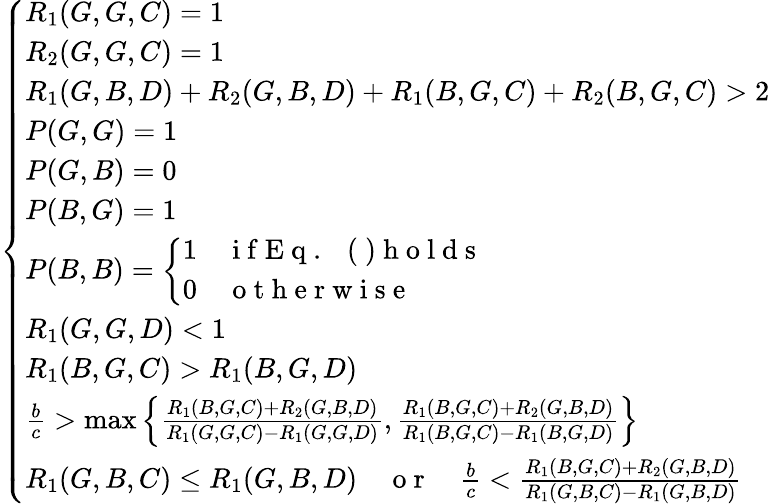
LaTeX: \left\{ \begin{array}{ll}{R_{1}(G,G,C)=1}\\ {R_{2}(G,G,C)=1}\\ {R_{1}(G,B,D)+R_{2}(G,B,D)+R_{1}(B,G,C)+R_{2}(B,G,C)>2}\\ {P(G,G)=1}\\ {P(G,B)=0}\\ {P(B,G)=1}\\ {P(B,B)=\left\{ \begin{array}{ll}{1}&{\mathrm{~i~f~E~q~.~~~(~)~h~o~l~d~s~}}\\ {0}&{\mathrm{~o~t~h~e~r~w~i~s~e~}}\end{array}\right.}\\ {R_{1}(G,G,D)<1}\\ {R_{1}(B,G,C)>R_{1}(B,G,D)}\\ {\frac{b}{c}>\operatorname*{max}\left\{ \frac{R_{1}(B,G,C)+R_{2}(G,B,D)}{R_{1}(G,G,C)-R_{1}(G,G,D)},\frac{R_{1}(B,G,C)+R_{2}(G,B,D)}{R_{1}(B,G,C)-R_{1}(B,G,D)}\right\} }\\ {R_{1}(G,B,C)\leq R_{1}(G,B,D){\quad\mathrm{~o~r~}\quad}\frac{b}{c}<\frac{R_{1}(B,G,C)+R_{2}(G,B,D)}{R_{1}(G,B,C)-R_{1}(G,B,D)}}\end{array}\right.